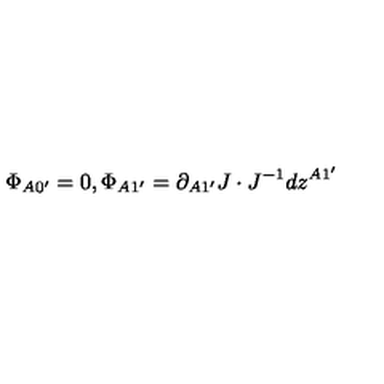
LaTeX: \Phi _ { A 0 ^ { \prime } } = 0 , \Phi _ { A 1 ^ { \prime } } = \partial _ { A 1 ^ { \prime } } J \cdot J ^ { - 1 } d z ^ { A 1 ^ { \prime } }